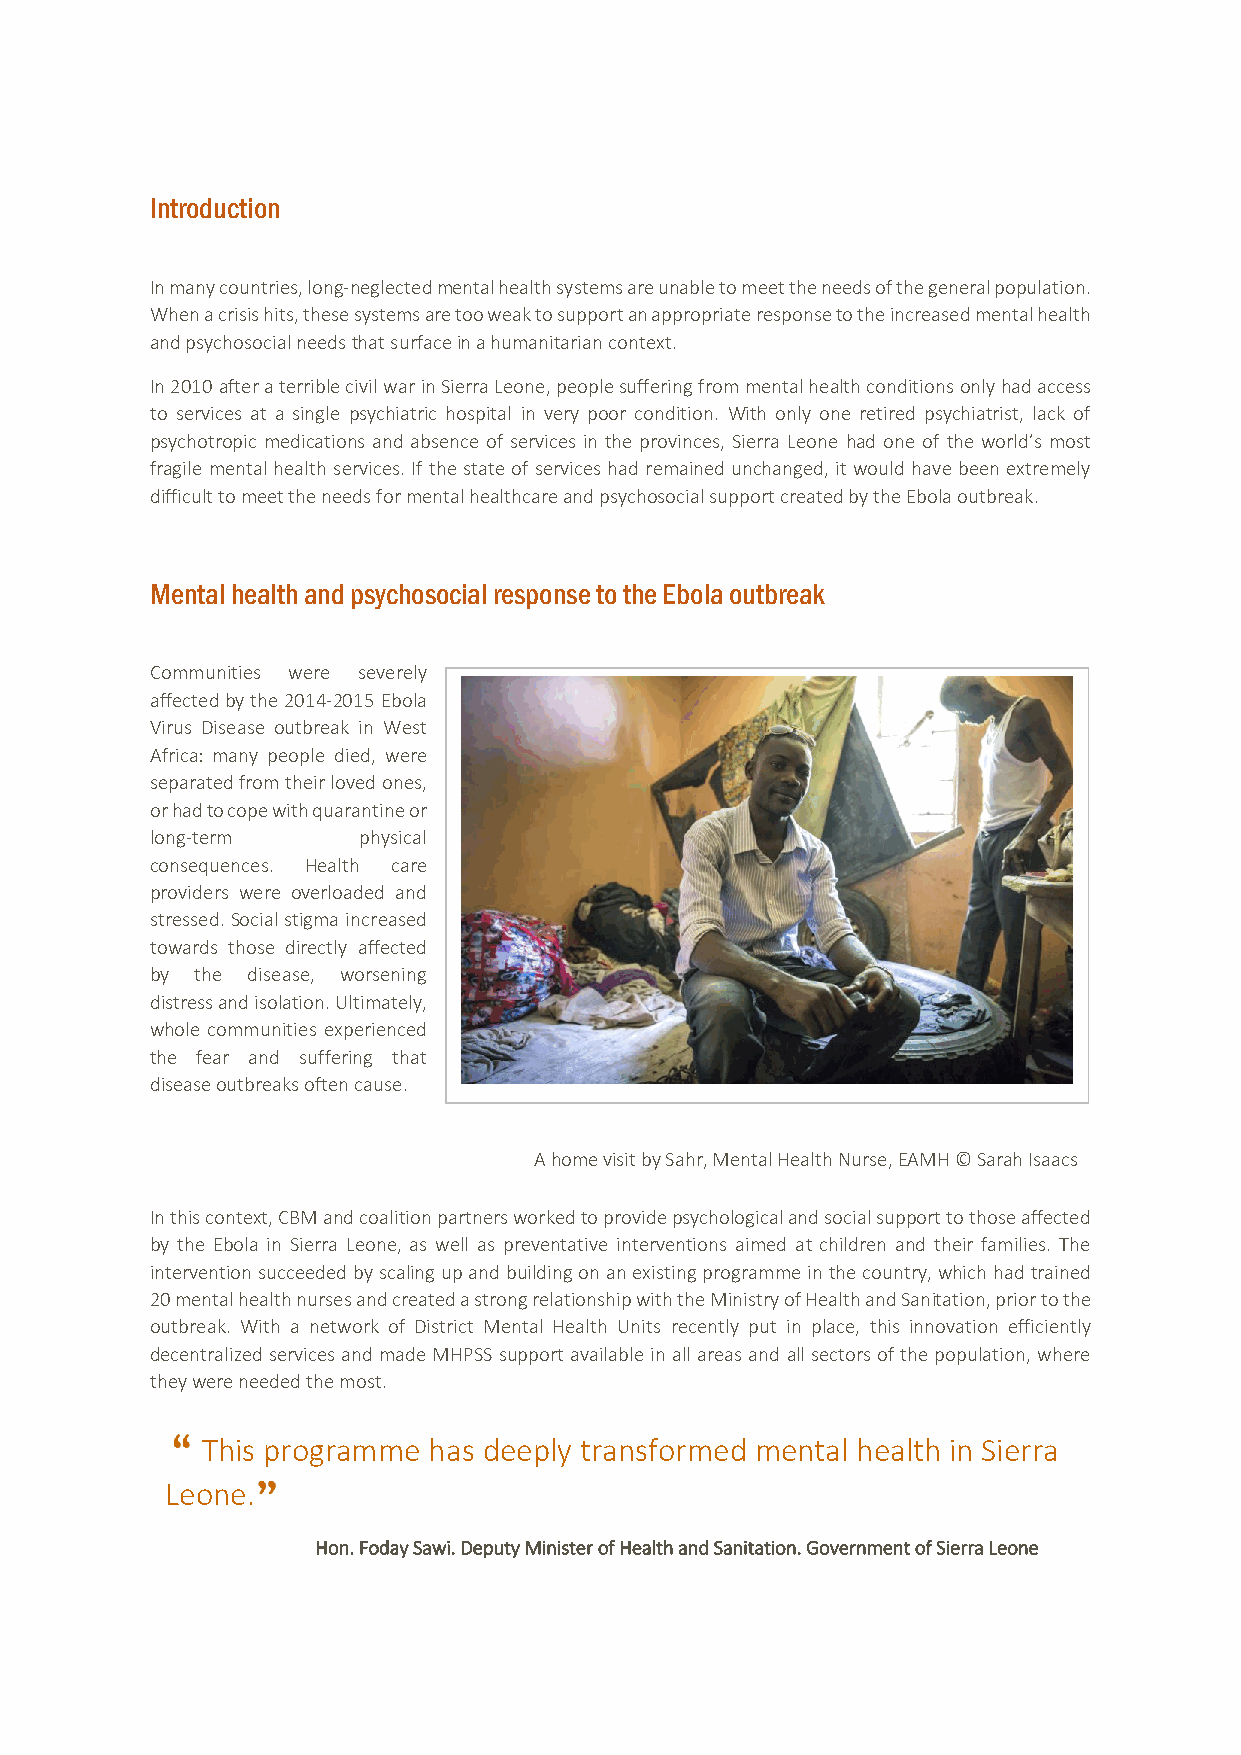
Introduction
 In many countries, long-neglected mental health systems are unable to meet the needs of the general population.
 When a crisis hits, these systems are too weak to support an appropriate response to the increased mental health
 and psychosocial needs that surface in a humanitarian context.
 In 2010 after a terrible civil war in Sierra Leone, people suffering from mental health conditions only had access
 to services at a single psychiatric hospital in very poor condition. With only one retired psychiatrist, lack of
 psychotropic medications and absence of services in the provinces, Sierra Leone had one of the world’s most
 fragile mental health services. If the state of services had remained unchanged, it would have been extremely
 difficult to meet the needs for mental healthcare and psychosocial support created by the Ebola outbreak.
 Mental health and psychosocial response to the Ebola outbreak
 Communities were severely
 affected by the 2014-2015 Ebola
 Virus Disease outbreak in West
 Africa: many people died, were
 separated from their loved ones,
 or had to cope with quarantine or
 long-term     physical
 consequences. Health care
 providers were overloaded and
 stressed. Social stigma increased
 towards those directly affected
 by the disease, worsening
 distress and isolation. Ultimately,
 whole communities experienced
 the fear and suffering that
 disease outbreaks often cause.
 A home visit by Sahr, Mental Health Nurse, EAMH © Sarah Isaacs
 In this context, CBM and coalition partners worked to provide psychological and social support to those affected
 by the Ebola in Sierra Leone, as well as preventative interventions aimed at children and their families. The
 intervention succeeded by scaling up and building on an existing programme in the country, which had trained
 20 mental health nurses and created a strong relationship with the Ministry of Health and Sanitation, prior to the
 outbreak. With a network of District Mental Health Units recently put in place, this innovation efficiently
 decentralized services and made MHPSS support available in all areas and all sectors of the population, where
 they were needed the most.
 This programme has deeply transformed mental health in Sierra
 Leone.
 Hon. Foday Sawi. Deputy Minister of Health and Sanitation. Government of Sierra Leone